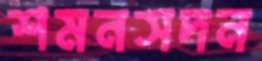
শমনসদন